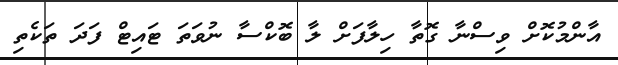
އާންމުކޮށް ވިސްނާ ގޮތާ ހިލާފަށް ލާ ބޮކްސާ ނުވަތަ ޓައިޓް ފަދަ ތަކެތި